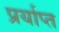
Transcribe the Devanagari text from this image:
प्रर्याप्‍त